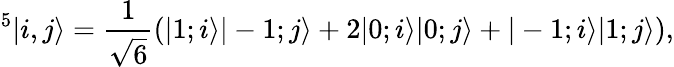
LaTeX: ^5|i,j\rangle=\frac{1}{\sqrt{6}}\left(|1;i\rangle|-1;j\rangle+2|0;i\rangle|0;j\rangle+|-1;i\rangle|1;j\rangle\right),